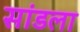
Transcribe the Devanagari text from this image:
सांडला